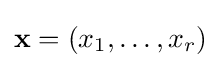
\mathbf {x} =(x_{1},\dots ,x_{r})